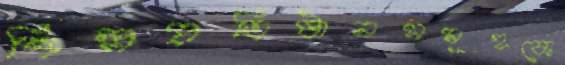
শিল্পপ্রতিষ্ঠানসমূহকে